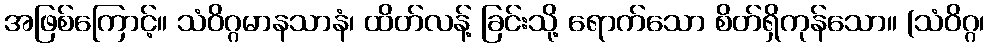
အဖြစ်ကြောင့်။ သံဝိဂ္ဂမာနသာနံ၊ ထိတ်လန့် ခြင်းသို့ ရောက်သော စိတ်ရှိကုန်သော။ (သံဝိဂ္ဂ၊